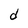
Character: d